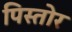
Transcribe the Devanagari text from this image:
पिस्तोर